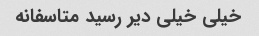
خیلی خیلی دیر رسید متاسفانه